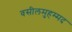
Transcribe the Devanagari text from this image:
वसीलमुहम्मद